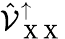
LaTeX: \hat{\mathcal{V}}_{\mathrm{~X~X~}}^{\uparrow}